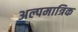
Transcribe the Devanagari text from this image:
अल्पमात्रिक